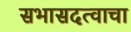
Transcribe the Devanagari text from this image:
सभासदत्वाचा